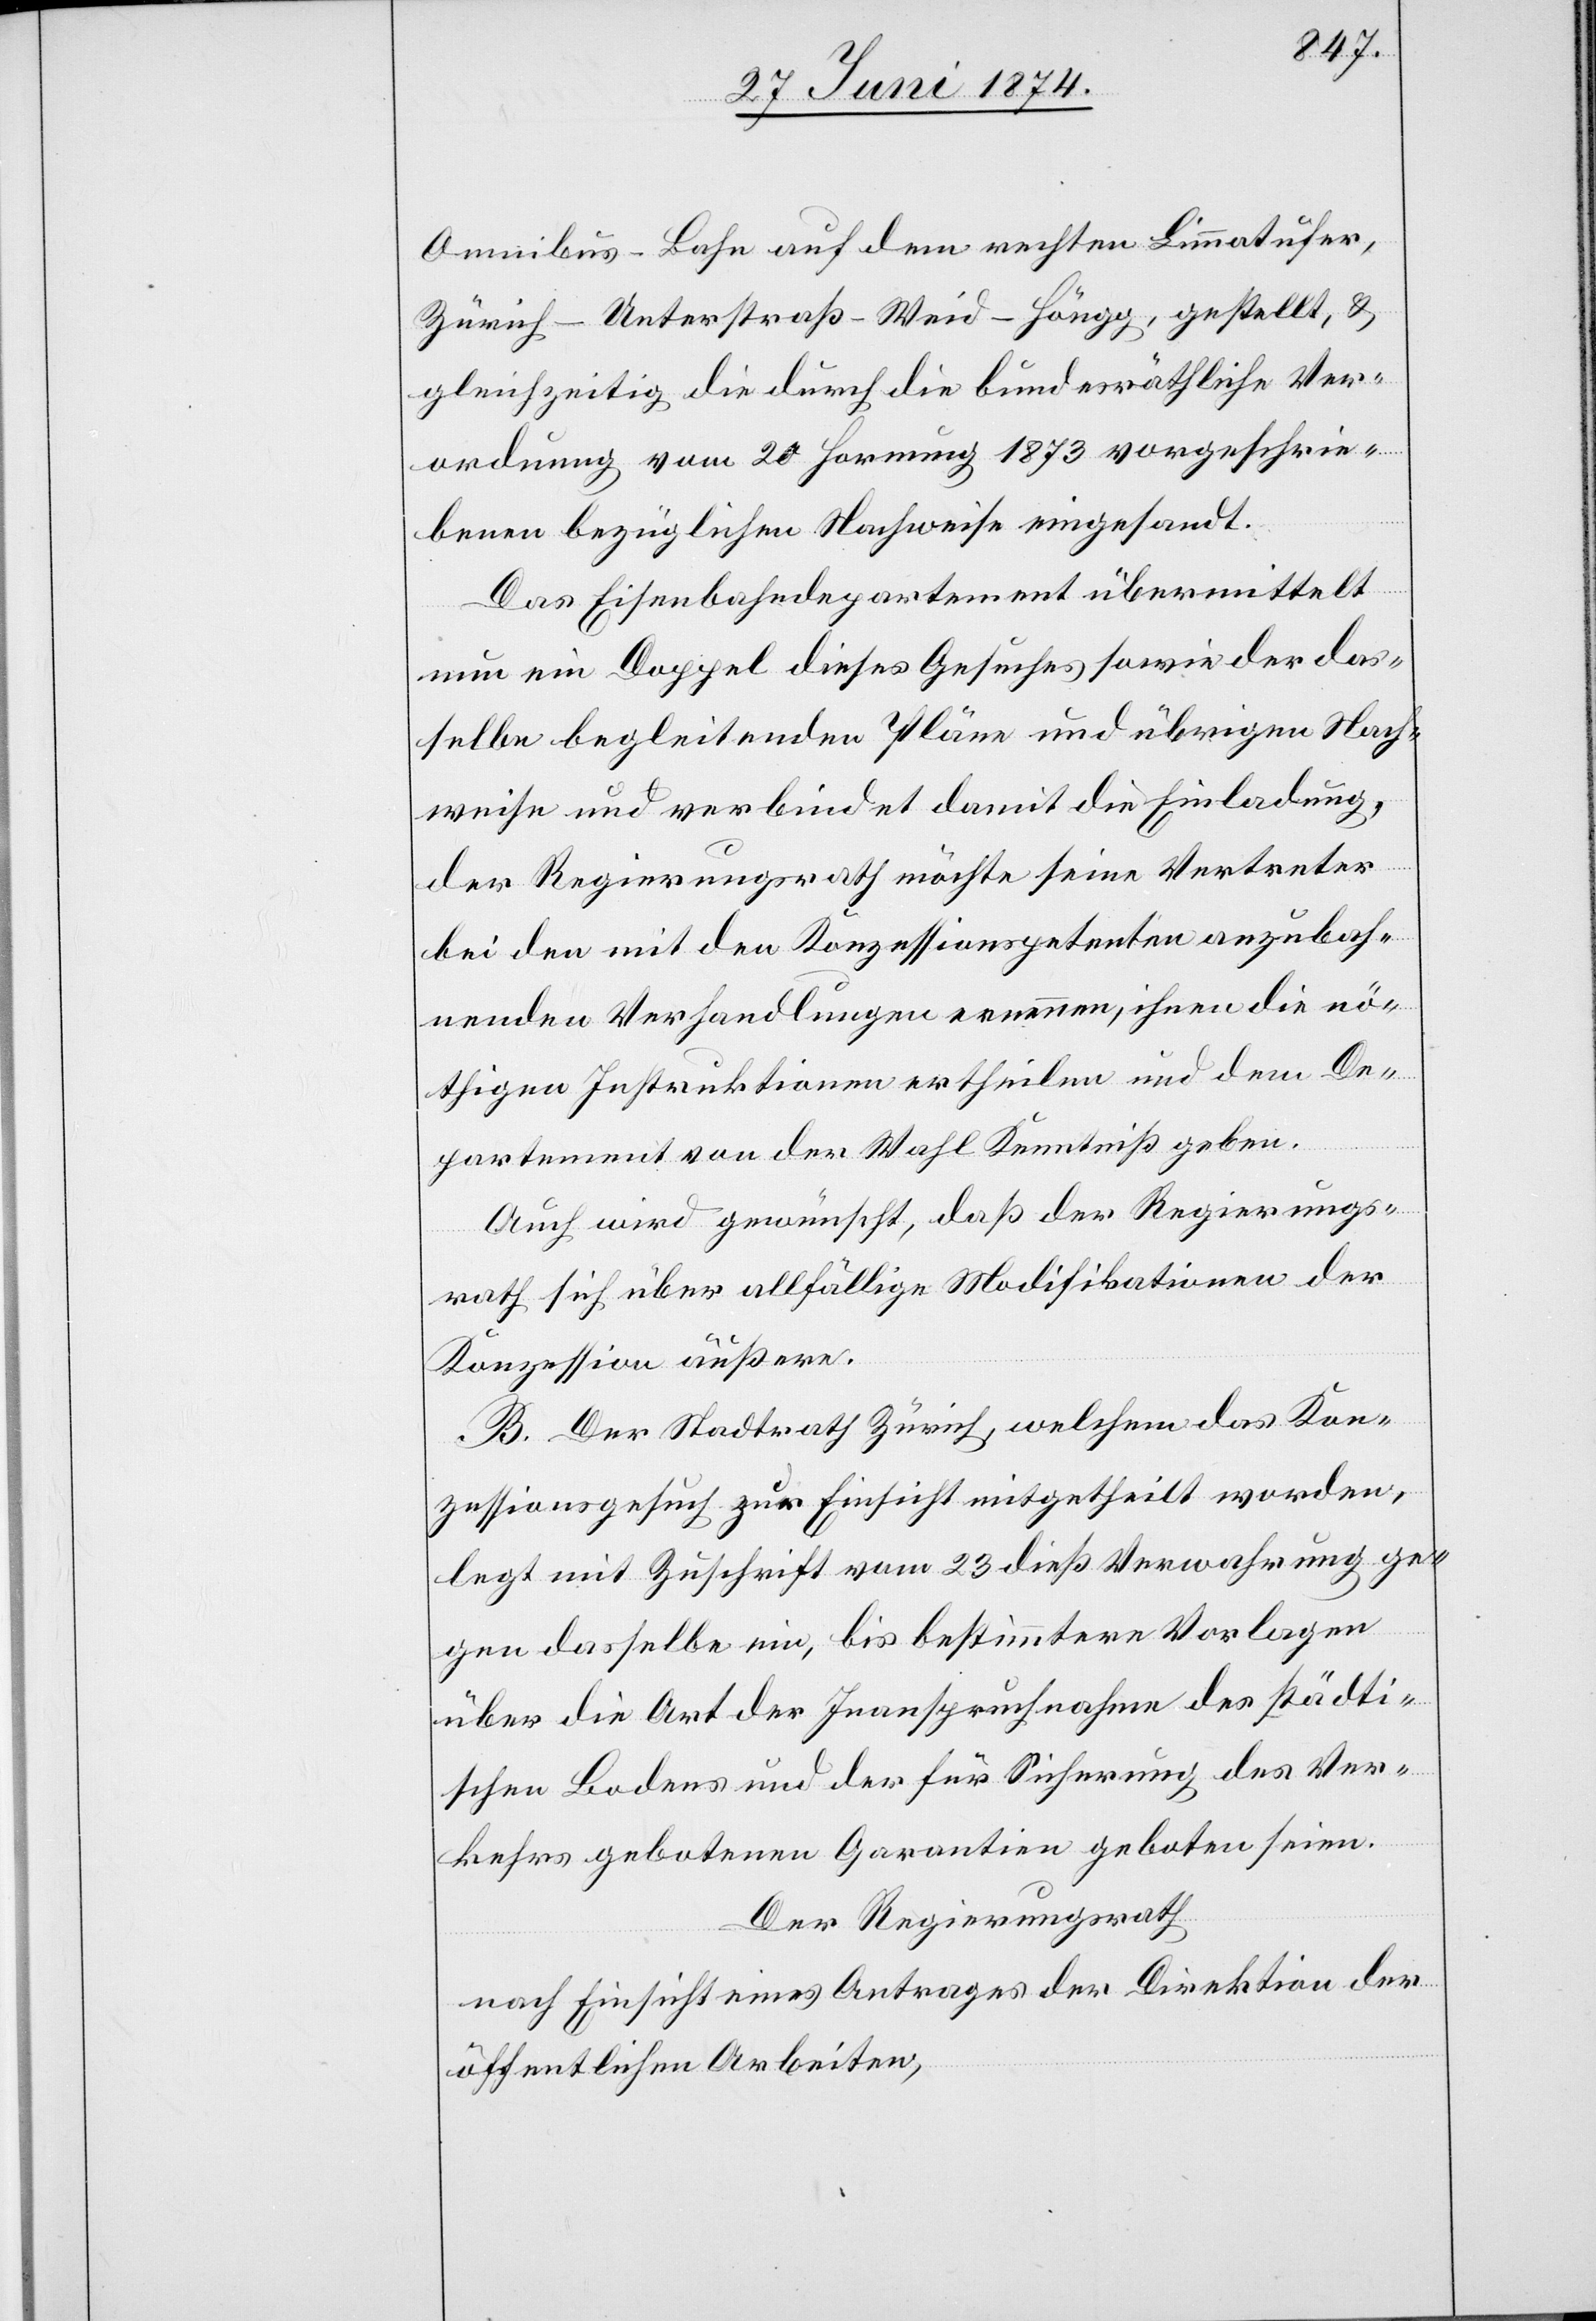
Omnibus-Bahn auf dem rechten Limmatufer,
Zürich-Unterstraß-Weid-Höngg, gestellt, u.
gleichzeitig die durch die bundesräthliche Ver¬
ordnung vom 20. Hornung 1873 vorgeschrie¬
benen bezüglichen Nachweise eingesandt.
Das Eisenbahndepartement übermittelt
nun ein Doppel dieses Gesuches sowie der das¬
selbe begleitenden Pläne und übrigen Nach¬
weise und verbindet damit die Einladung,
der Regierungsrath möchte seine Vertreter
bei den mit den Konzessionspetenten anzubah¬
nenden Verhandlungen ernennen, ihnen die nö¬
thigen Instruktionen ertheilen und dem De¬
partement von der Wahl Kenntniß geben.
Auch wird gewünscht, daß der Regierungs¬
rath sich über allfällige Modifikationen der
Konzession äußere.
B. Der Stadtrath Zürich, welchem das Kon¬
zessionsgesuch zur Einsicht mitgetheilt worden,
legt mit Zuschrift vom 23. dieß Verwahrung ge¬
gen dasselbe ein, bis bestimmtere Vorlagen
über die Art der Inanspruchnahme des städti¬
schen Bodens und der für Sicherung des Ver¬
kehrs gebotenen Garantien geboten seien.
Der Regierungsrath
nach Einsicht eines Antrages der Direktion der
öffentlichen Arbeiten,